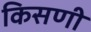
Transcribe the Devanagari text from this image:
किसणी